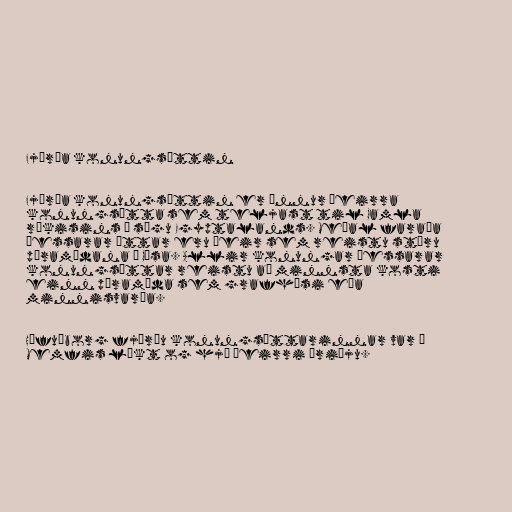
Fjórða konungsættin

Fjórða konungsættin er önnur þeirra
konungsætta sem teljast til Gamla
ríkisins í sögu Egyptalands. Meðal faraóa
þessarar ættar eru þeir sem reistu stóru
pýramídana í Gísa. Allir konungar þessarar
konungsættar reistu að minnsta kosti
einn pýramída sem grafhýsi eða
minnisvarða.

Höfuðborg fjórðu konungsættarinnar var í
Memfis líkt og hjá þeirri þriðju.